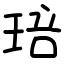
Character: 琣